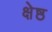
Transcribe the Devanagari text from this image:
क्षेष्ठ